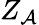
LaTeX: Z_{\mathcal{A}}